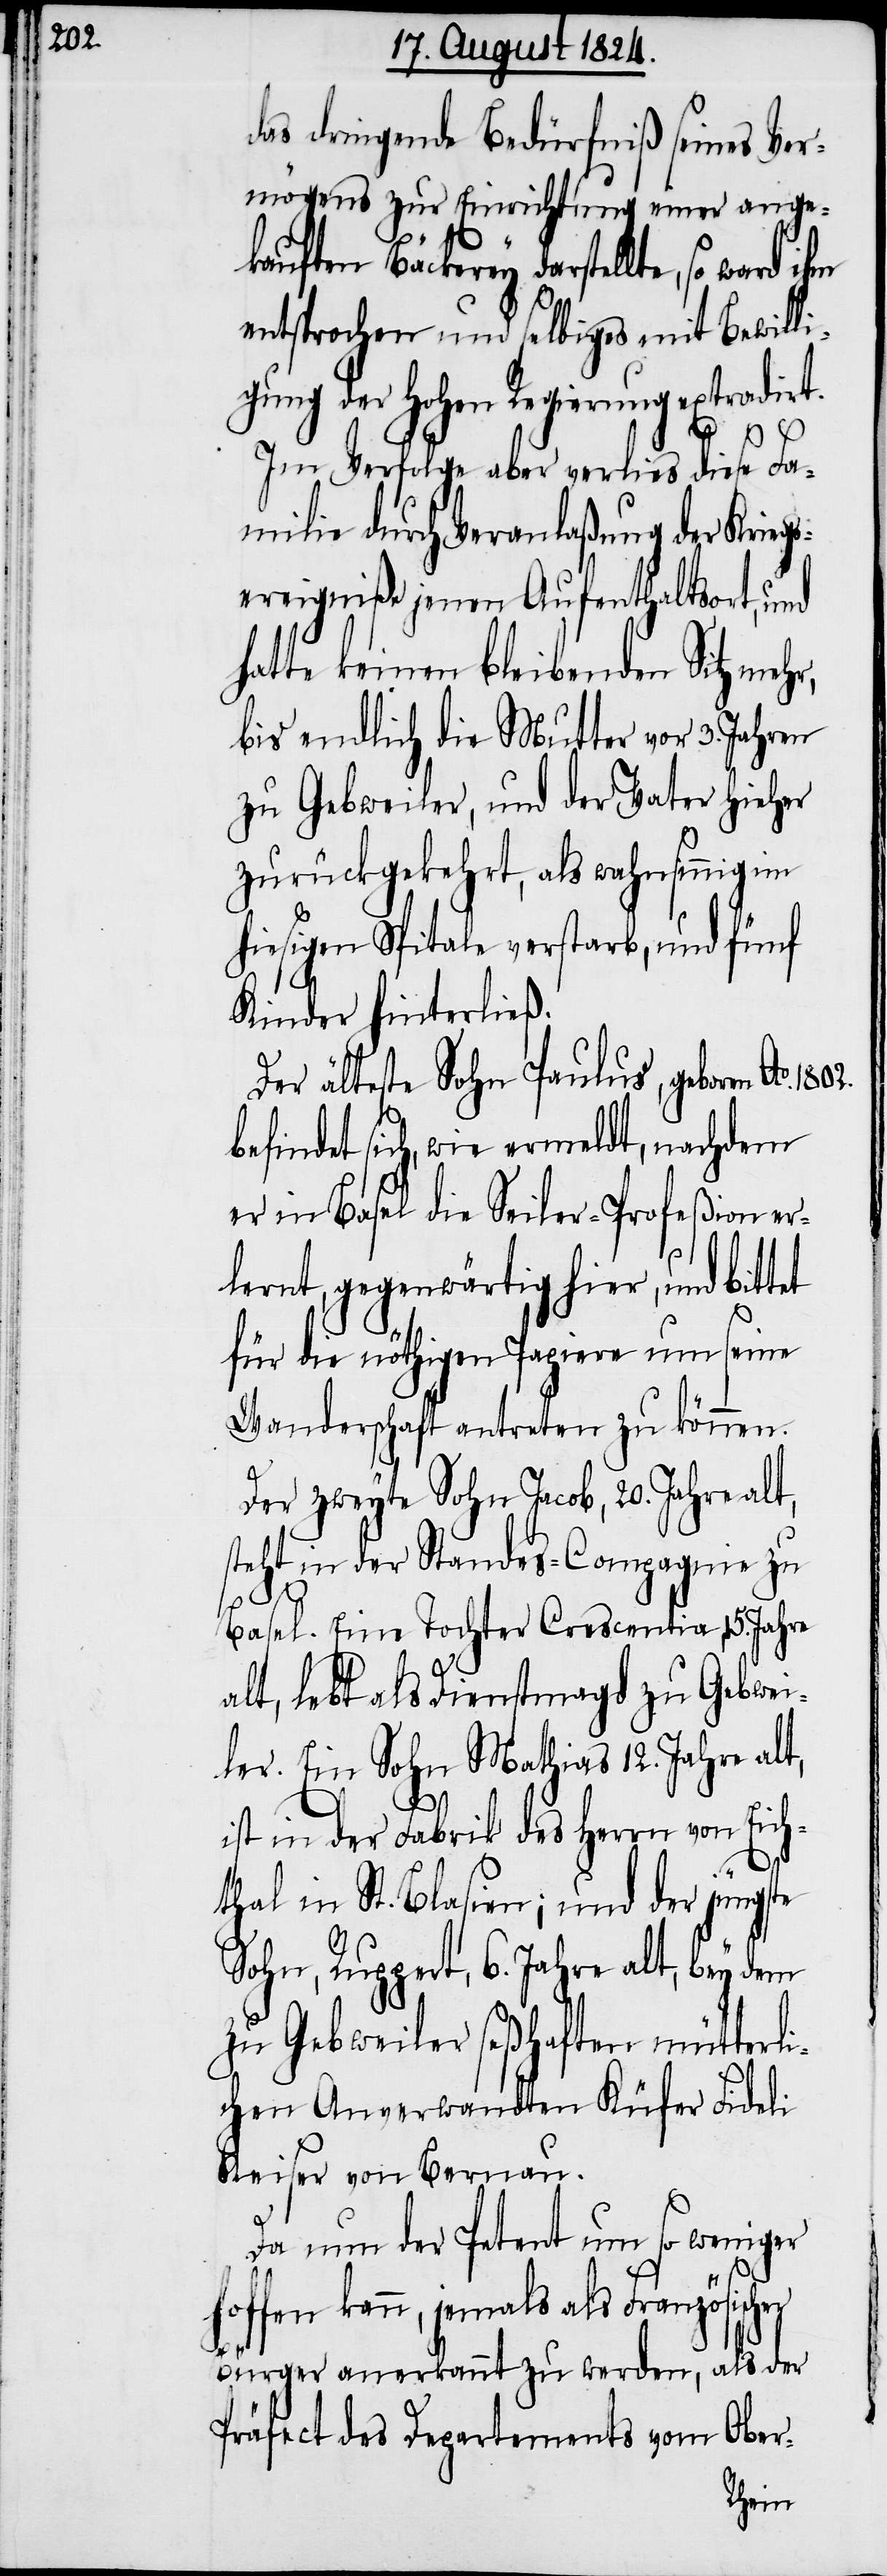
1802.

das dringende Bedürfniß seines Ver¬
mögens zur Einrichtung einer ange¬
kauften Bäckerey darstellte, so ward ihm
entsprochen und selbiges mit Bewilli¬
gung der Hohen Regierung extradirt.
Im Verfolge aber verlies diese Fa¬
milie durch Veranlaßung der Krieg¬
sereigniße jenen Aufenthaltsort, und
hatte keinen bleibenden Sitz mehr,
bis endlich die Mutter vor 3. Jahren
zu Gebweiler, und der Vater hieher
zurückgekehrt, als wahnsinnig im
hiesigen Spitale verstarb, und fünf
Kinder hinterließ.
Der älteste Sohn Paulus, geboren Ao.
befindet sich, wie ermeldt, nachdem
er in Basel die Seiler-Profeßion er¬
lernt, gegenwärtig hier, und bit¬
für die nöthigen Papiere um seine
Wanderschaft antreten zu können.
Der zweyte Sohn Jacob, 20. Jahre alt,
steht in der Standes-Compagnie zu
Basel. Eine Tochter Crecentias, 15. Jahre
alt, lebt als Dienstmagd zu Gebwei¬
ler. Ein Sohn Mathias 12. Jahre alt,
ist in der Fabrik des Herrn von Eich¬
thal in St. Blasien; und der jüngste
Sohn, Ruppert, 6. Jahre alt, bey den
zu Gebweiler seßhaften mütterli¬
chen Anverwandten Küfer Fideli
Keiser von Bernau.
Da nun der Petent um so weniger
tet
hoffen kann, jemals als Französischer
Bürger anerkannt zu werden, als der
Präfect des Departements vom Ober-